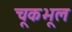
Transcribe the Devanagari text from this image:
चूकभूल